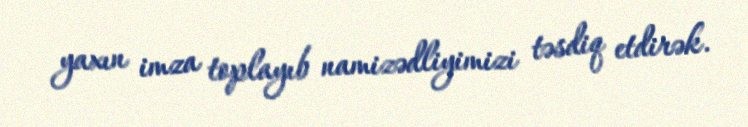
yaxın imza toplayıb namizədliyimizi təsdiq etdirək.